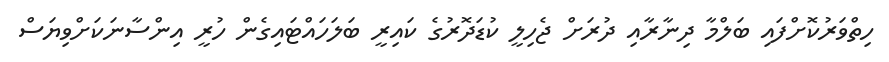
ހިތްވަރުކޮށްފައި ބަލްމާ ދިނާރާއި ދުރަށް ޖެހިލީ ކުޑަދޮރުގެ ކައިރީ ބަލަހައްޓައިގެން ހުރީ އިންސާނަކަށްވިޔަސް